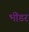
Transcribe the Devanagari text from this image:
भींडर